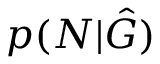
p ( N | \hat { G } )